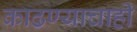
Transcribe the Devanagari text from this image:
काढण्याचाही